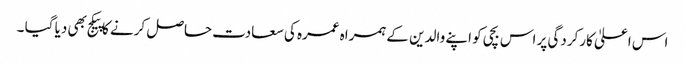
اس اعلیٰ کارکردگی پر اس بچی کو اپنے والدین کے ہمراہ عمرہ کی سعادت حاصل کرنے کا پیکج بھی دیا گیا ۔